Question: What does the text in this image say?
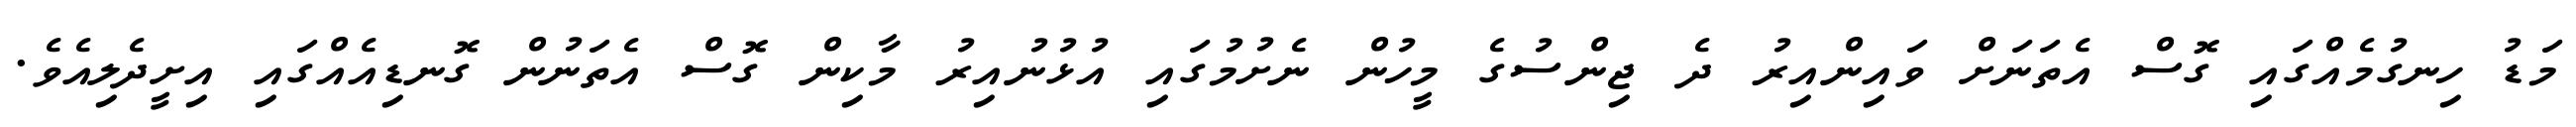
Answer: މަޑު ހިނގުމެއްގައި ގޮސް އެތަނަށް ވައިންއިރު ދެ ޖިންސުގެ މީހުން ނެށުމުގައި އުޅުނުއިރު މާކިން ގޮސް އެތަނުން ގޮނޑިއެއްގައި އިށީދެލިއެވެ.